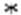
*